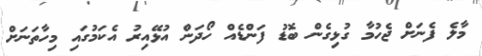
މާލެ ފެނަށް ޖެހުމާ ގުޅިގެން ބޮޑު ފަންޑެއް ހޯދަން އުޅޭއިރު އެކަމުގައި މިހާތަނަށް